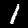
Digit: 1